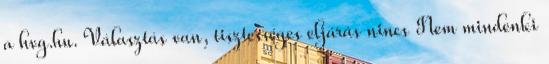
a hvg.hu. Választás van, tisztességes eljárás nincs Nem mindenki